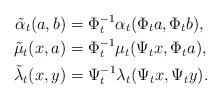
LaTeX: \begin{align*} \tilde{\alpha}_t(a,b)&=\Phi_t^{-1}\alpha_t(\Phi_ta,\Phi_tb),\\ \tilde{\mu}_t(x,a)&=\Phi_t^{-1}\mu_t(\Psi_tx,\Phi_ta),\\ \tilde{\lambda}_t(x,y)&=\Psi_t^{-1}\lambda_t(\Psi_tx,\Psi_ty).\end{align*}